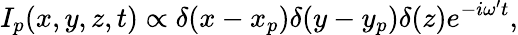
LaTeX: I_{p}(x,y,z,t)\propto\delta(x-x_{p})\delta(y-y_{p})\delta(z)e^{-i\omega{'}t},